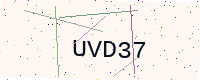
Text: UVD37